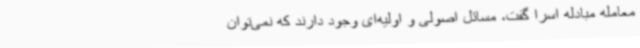
معامله مبادله اسرا گفت، مسائل اصولی و اولیه‌ای وجود دارند که نمی‌توان